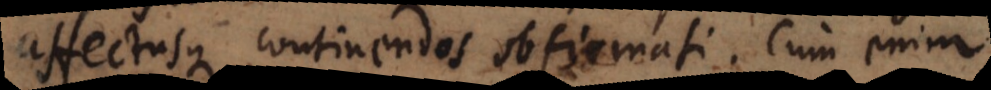
affectusque continendos obfirmati. Cum enim